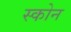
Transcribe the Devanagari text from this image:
स्कोन